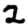
Digit: 2